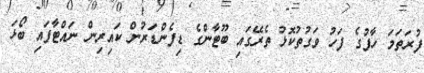
ފުރަތަމަ ހާފުގެ ފަހު ވަގުތުކޮޅު ތެރޭގައި ބޫޓާންގެ ޑިފެންޑަރުން ކައިރިން ނައްޓާފައި ބޯޅަ